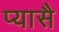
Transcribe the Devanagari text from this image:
प्यासै